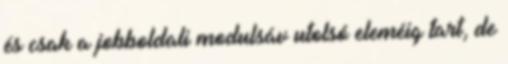
és csak a jobboldali modulsáv utolsó eleméig tart, de